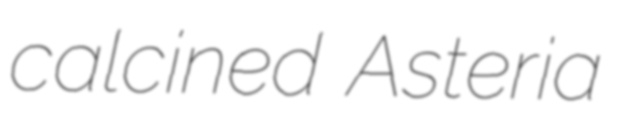
calcined Asteria